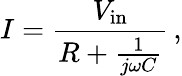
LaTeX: I={\frac{V_{\mathrm{in}}}{R+{\frac{1}{j\omega C}}}}\, ,